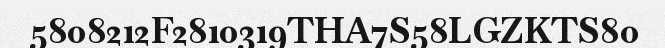
5808212F2810319THA7S58LGZKTS80